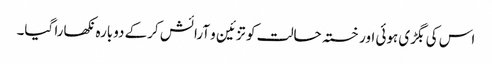
اس کی بگڑی ہوئی اور خستہ حالت کو تزئین و آرائش کرکے دوبارہ نکھارا گیا۔